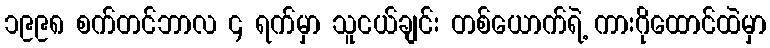
၁၉၉၈ စက်တင်ဘာလ ၄ ရက်မှာ သူငယ်ချင်း တစ်ယောက်ရဲ့ ကားဂိုထောင်ထဲမှာ